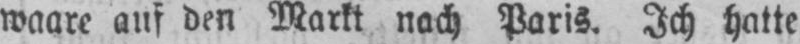
waare auf den Markt nach Paris. Ich hatte